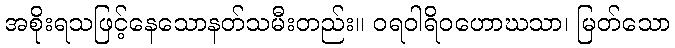
အစိုးရသဖြင့်နေသောနတ်သမီးတည်း။ ဝရဝါရိဝဟောဃသာ၊ မြတ်သော